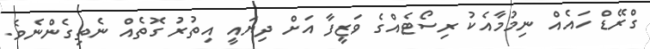
ގްރޭޑް ހައެއް ނިމުމާއެކު ރިސޯޓެއްގެ ވަޒީފާ އަށް ދިޔައީ އިތުރު ގޮތެއް ނެތިގެންނެވެ.